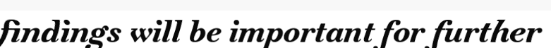
findings will be important for further